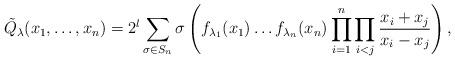
LaTeX: \begin{align*} \tilde Q_\lambda(x_1,\dots, x_n)= 2^l \sum_{\sigma \in S_n }\sigma \left(f_{\lambda_1 }(x_{1})\dots f_{\lambda_n }(x_n)\prod _{i=1}^{n}\prod_{i<j}\frac{x_{i}+x_{j}}{x_{i}- x_{j}}\right),\end{align*}